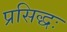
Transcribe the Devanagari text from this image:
प्रसिद्धः